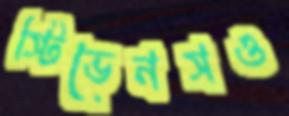
স্টিভেনসও